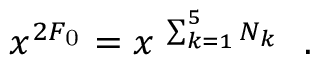
x ^ { 2 F _ { \mathrm { 0 } } } = x ^ { ~ \sum _ { k = 1 } ^ { 5 } N _ { k } } ~ ~ .